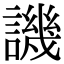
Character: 譏